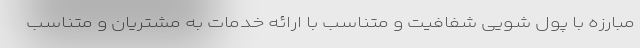
مبارزه با پول شویی شفافیت و متناسب با ارائه خدمات به مشتریان و متناسب